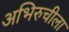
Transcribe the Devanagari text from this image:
अभिरुचीला